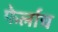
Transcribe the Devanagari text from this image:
फेर्लाच